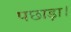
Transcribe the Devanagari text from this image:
पछाड़ा।